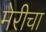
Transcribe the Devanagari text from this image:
मेरीचा